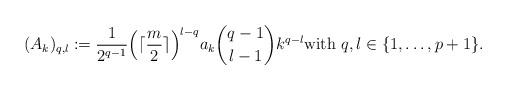
LaTeX: \begin{align*}( A_{k} )_{q,l} := \frac{1}{2^{q-1}} \Big ( \lceil \frac{m}{2} \rceil \Big )^{l-q} a_{k} { q - 1 \choose l - 1 } k^{q - l} \mbox{with} \ q, l \in \{ 1 , \ldots , p+1 \} .\end{align*}